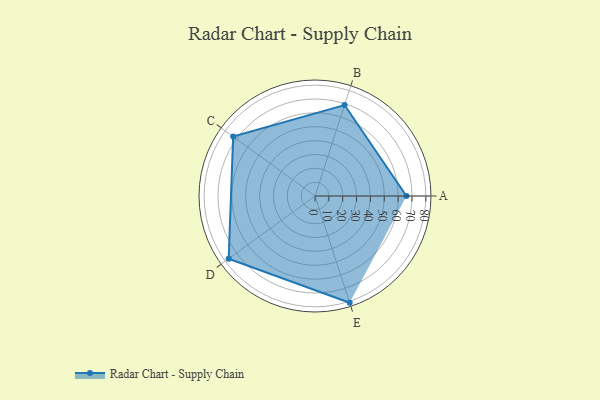
{"axis": {"x": "Skill", "y": "Score"}, "legend": ["Profile"], "data": [{"x": "A", "y": 66.0, "type": "Profile"}, {"x": "B", "y": 69.0, "type": "Profile"}, {"x": "C", "y": 73.0, "type": "Profile"}, {"x": "D", "y": 77.0, "type": "Profile"}, {"x": "E", "y": 81.0, "type": "Profile"}]}